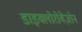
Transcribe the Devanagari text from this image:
डाइक्लोरोबेंज़ोन